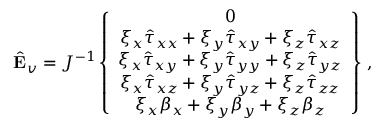
\hat { \mathbf { E } } _ { v } = J ^ { - 1 } \left\{ \begin{array} { c } { 0 } \\ { \xi _ { x } \hat { \tau } _ { x x } + \xi _ { y } \hat { \tau } _ { x y } + \xi _ { z } \hat { \tau } _ { x z } } \\ { \xi _ { x } \hat { \tau } _ { x y } + \xi _ { y } \hat { \tau } _ { y y } + \xi _ { z } \hat { \tau } _ { y z } } \\ { \xi _ { x } \hat { \tau } _ { x z } + \xi _ { y } \hat { \tau } _ { y z } + \xi _ { z } \hat { \tau } _ { z z } } \\ { \xi _ { x } { \beta } _ { x } + \xi _ { y } { \beta } _ { y } + \xi _ { z } { \beta } _ { z } } \end{array} \right\} \, \mathrm { , }